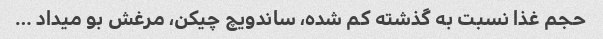
حجم غذا نسبت به گذشته کم شده، ساندویچ چیکن، مرغش بو میداد …